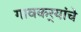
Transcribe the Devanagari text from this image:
गावकर्‍यांचे